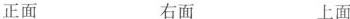
正面 右面 上面